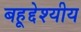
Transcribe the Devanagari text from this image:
बहूद्देश्यीय